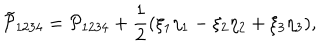
LaTeX: \tilde { \mathcal P } _ { 1 2 3 4 } = \mathcal P _ { 1 2 3 4 } + \frac { 1 } { 2 } ( \xi _ { 1 } \eta _ { 1 } - \xi _ { 2 } \eta _ { 2 } + \xi _ { 3 } \eta _ { 3 } ) ,